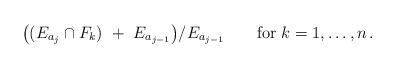
LaTeX: \begin{align*} \bigl( (E_{a_j}\cap F_k) \ +\ E_{a_{j-1}}\bigr)/ E_{a_{j-1}} \qquad\mbox{\rm for } k=1,\dotsc,n\,. \end{align*}